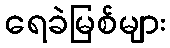
ရေခဲမြစ်များ